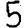
Digit: 5